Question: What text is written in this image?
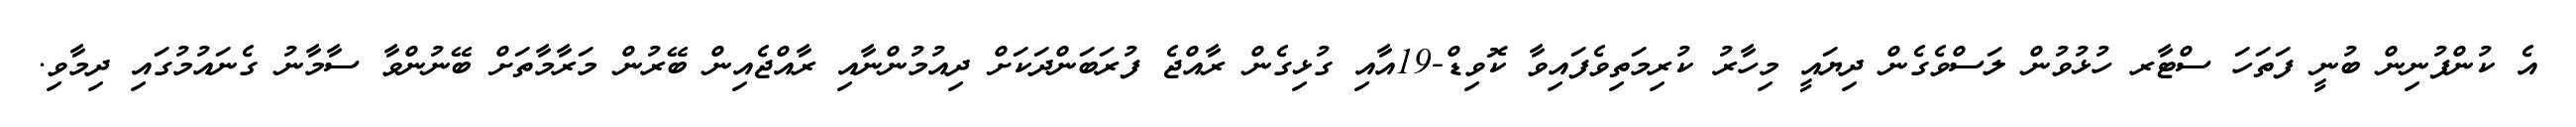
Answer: އެ ކުންފުނިން ބުނީ ފަތަހަ ސްޓާރ ހުޅުވުން ލަސްވެގެން ދިޔައީ މިހާރު ކުރިމަތިވެފައިވާ ކޮވިޑް-19އާއި ގުޅިގެން ރާއްޖެ ފުރަބަންދަކަށް ދިއުމުންނާއި ރާއްޖެއިން ބޭރުން މަރާމާތަށް ބޭނުންވާ ސާމާނު ގެނައުމުގައި ދިމާވި.